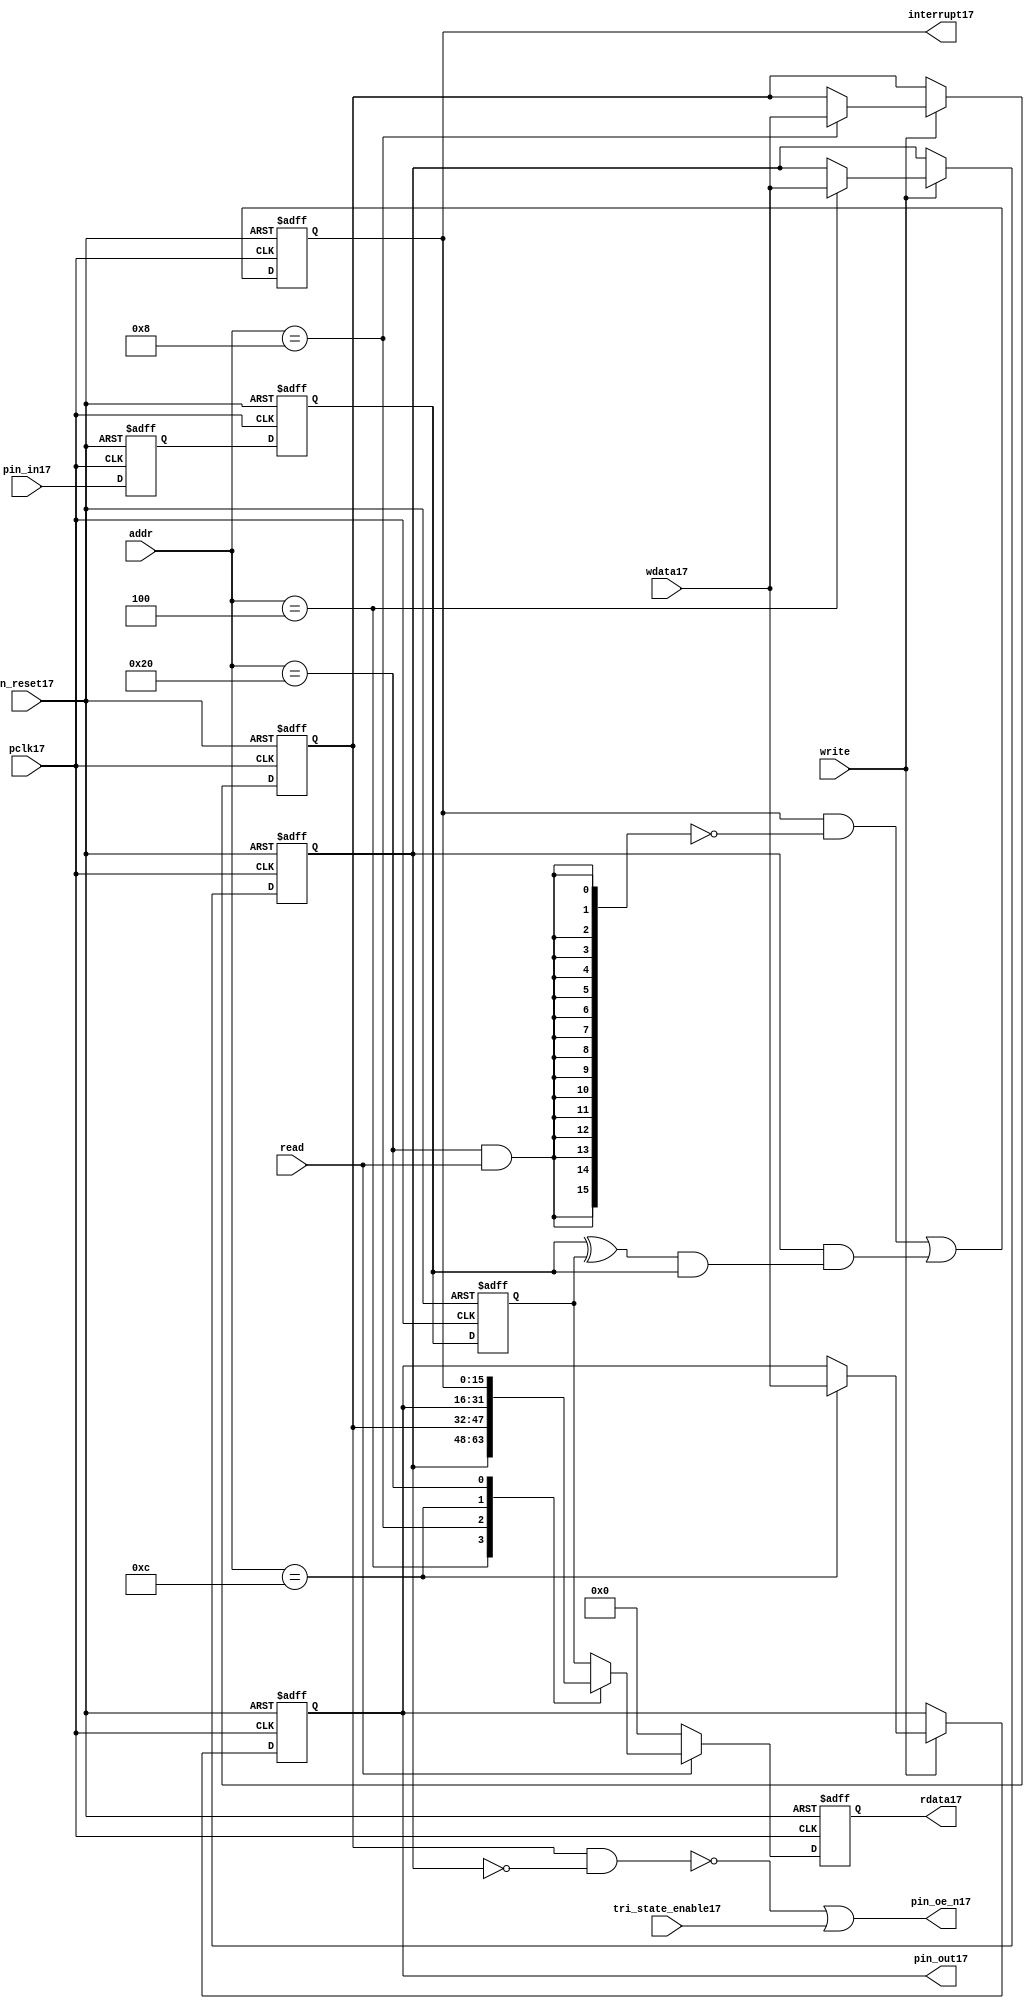
//File17 name   : gpio_lite_subunit17.v
//Title17       : 
//Created17     : 1999
//Description17 : Parametrised17 GPIO17 pin17 circuits17
//Notes17       : 
//----------------------------------------------------------------------
//   Copyright17 1999-2010 Cadence17 Design17 Systems17, Inc17.
//   All Rights17 Reserved17 Worldwide17
//
//   Licensed17 under the Apache17 License17, Version17 2.0 (the
//   "License17"); you may not use this file except17 in
//   compliance17 with the License17.  You may obtain17 a copy of
//   the License17 at
//
//       http17://www17.apache17.org17/licenses17/LICENSE17-2.0
//
//   Unless17 required17 by applicable17 law17 or agreed17 to in
//   writing, software17 distributed17 under the License17 is
//   distributed17 on an "AS17 IS17" BASIS17, WITHOUT17 WARRANTIES17 OR17
//   CONDITIONS17 OF17 ANY17 KIND17, either17 express17 or implied17.  See
//   the License17 for the specific17 language17 governing17
//   permissions17 and limitations17 under the License17.
//----------------------------------------------------------------------


module gpio_lite_subunit17(
  //Inputs17

  n_reset17,
  pclk17,

  read,
  write,
  addr,

  wdata17,
  pin_in17,

  tri_state_enable17,

  //Outputs17
 
  interrupt17,

  rdata17,
  pin_oe_n17,
  pin_out17

);
 
   // Inputs17
   
   // Clocks17   
   input n_reset17;            // asynch17 reset, active low17
   input pclk17;               // Ppclk17

   // Controls17
   input read;               // select17 GPIO17 read
   input write;              // select17 GPIO17 write
   input [5:0] 
         addr;               // address bus of selected master17

   // Dataflow17
   input [15:0]
         wdata17;              // GPIO17 Input17
   input [15:0]
         pin_in17;             // input data from pin17

   //Design17 for Test17 Inputs17
   input [15:0]
         tri_state_enable17;   // disables17 op enable -> Z17




   
   // Outputs17
   
   // Controls17
   output [15:0]
          interrupt17;         // interupt17 for input pin17 change

   // Dataflow17
   output [15:0]
          rdata17;             // GPIO17 Output17
   output [15:0]
          pin_oe_n17;          // output enable signal17 to pin17
   output [15:0]
          pin_out17;           // output signal17 to pin17
   



   
   // Registers17 in module

   //Define17 Physical17 registers in amba_unit17
   reg    [15:0]
          direction_mode17;     // 1=Input17 0=Output17              RW
   reg    [15:0]
          output_enable17;      // Output17 active                 RW
   reg    [15:0]
          output_value17;       // Value outputed17 from reg       RW
   reg    [15:0]
          input_value17;        // Value input from bus          R
   reg    [15:0]
          int_status17;         // Interrupt17 status              R

   // registers to remove metastability17
   reg    [15:0]
          s_synch17;            //stage_two17
   reg    [15:0]
          s_synch_two17;        //stage_one17 - to ext pin17
   
   
    
          
   // Registers17 for outputs17
   reg    [15:0]
          rdata17;              // prdata17 reg
   wire   [15:0]
          pin_oe_n17;           // gpio17 output enable
   wire   [15:0]
          pin_out17;            // gpio17 output value
   wire   [15:0]
          interrupt17;          // gpio17 interrupt17
   wire   [15:0]
          interrupt_trigger17;  // 1 sets17 interrupt17 status
   reg    [15:0]
          status_clear17;       // 1 clears17 interrupt17 status
   wire   [15:0]
          int_event17;          // 1 detects17 an interrupt17 event

   integer ia17;                // loop variable
   


   // address decodes17
   wire   ad_direction_mode17;  // 1=Input17 0=Output17              RW
   wire   ad_output_enable17;   // Output17 active                 RW
   wire   ad_output_value17;    // Value outputed17 from reg       RW
   wire   ad_int_status17;      // Interrupt17 status              R
   
//Register addresses17
//If17 modifying17 the APB17 address (PADDR17) width change the following17 bit widths17
parameter GPR_DIRECTION_MODE17   = 6'h04;       // set pin17 to either17 I17 or O17
parameter GPR_OUTPUT_ENABLE17    = 6'h08;       // contains17 oe17 control17 value
parameter GPR_OUTPUT_VALUE17     = 6'h0C;       // output value to be driven17
parameter GPR_INPUT_VALUE17      = 6'h10;       // gpio17 input value reg
parameter GPR_INT_STATUS17       = 6'h20;       // Interrupt17 status register

//Reset17 Values17
//If17 modifying17 the GPIO17 width change the following17 bit widths17
//parameter GPRV_RSRVD17            = 32'h0000_0000; // Reserved17
parameter GPRV_DIRECTION_MODE17  = 32'h00000000; // Default to output mode
parameter GPRV_OUTPUT_ENABLE17   = 32'h00000000; // Default 3 stated17 outs17
parameter GPRV_OUTPUT_VALUE17    = 32'h00000000; // Default to be driven17
parameter GPRV_INPUT_VALUE17     = 32'h00000000; // Read defaults17 to zero
parameter GPRV_INT_STATUS17      = 32'h00000000; // Int17 status cleared17



   //assign ad_bypass_mode17    = ( addr == GPR_BYPASS_MODE17 );   
   assign ad_direction_mode17 = ( addr == GPR_DIRECTION_MODE17 );   
   assign ad_output_enable17  = ( addr == GPR_OUTPUT_ENABLE17 );   
   assign ad_output_value17   = ( addr == GPR_OUTPUT_VALUE17 );   
   assign ad_int_status17     = ( addr == GPR_INT_STATUS17 );   

   // assignments17
   
   assign interrupt17         = ( int_status17);

   assign interrupt_trigger17 = ( direction_mode17 & int_event17 ); 

   assign int_event17 = ((s_synch17 ^ input_value17) & ((s_synch17)));

   always @( ad_int_status17 or read )
   begin : p_status_clear17

     for ( ia17 = 0; ia17 < 16; ia17 = ia17 + 1 )
     begin

       status_clear17[ia17] = ( ad_int_status17 & read );

     end // for ia17

   end // p_status_clear17

   // p_write_register17 : clocked17 / asynchronous17
   //
   // this section17 contains17 all the code17 to write registers

   always @(posedge pclk17 or negedge n_reset17)
   begin : p_write_register17

      if (~n_reset17)
      
       begin
         direction_mode17  <= GPRV_DIRECTION_MODE17;
         output_enable17   <= GPRV_OUTPUT_ENABLE17;
         output_value17    <= GPRV_OUTPUT_VALUE17;
       end
      
      else 
      
       begin
      
         if (write == 1'b1) // Write value to registers
      
          begin
              
            // Write Mode17
         
            if ( ad_direction_mode17 ) 
               direction_mode17 <= wdata17;
 
            if ( ad_output_enable17 ) 
               output_enable17  <= wdata17;
     
            if ( ad_output_value17 )
               output_value17   <= wdata17;

              

           end // if write
         
       end // else: ~if(~n_reset17)
      
   end // block: p_write_register17



   // p_metastable17 : clocked17 / asynchronous17 
   //
   // This17 process  acts17 to remove  metastability17 propagation
   // Only17 for input to GPIO17
   // In Bypass17 mode pin_in17 passes17 straight17 through

   always @(posedge pclk17 or negedge n_reset17)
      
   begin : p_metastable17
      
      if (~n_reset17)
        begin
         
         s_synch17       <= {16 {1'b0}};
         s_synch_two17   <= {16 {1'b0}};
         input_value17   <= GPRV_INPUT_VALUE17;
         
        end // if (~n_reset17)
      
      else         
        begin
         
         input_value17   <= s_synch17;
         s_synch17       <= s_synch_two17;
         s_synch_two17   <= pin_in17;

        end // else: ~if(~n_reset17)
      
   end // block: p_metastable17


   // p_interrupt17 : clocked17 / asynchronous17 
   //
   // These17 lines17 set and clear the interrupt17 status

   always @(posedge pclk17 or negedge n_reset17)
   begin : p_interrupt17
      
      if (~n_reset17)
         int_status17      <= GPRV_INT_STATUS17;
      
      else 
         int_status17      <= ( int_status17 & ~(status_clear17) // read & clear
                            ) |
                            interrupt_trigger17;             // new interrupt17
        
   end // block: p_interrupt17
   
   
   // p_read_register17  : clocked17 / asynchronous17 
   //
   // this process registers the output values

   always @(posedge pclk17 or negedge n_reset17)

      begin : p_read_register17
         
         if (~n_reset17)
         
           begin

            rdata17 <= {16 {1'b0}};

           end
           
         else //if not reset
         
           begin
         
            if (read == 1'b1)
            
              begin
            
               case (addr)
            
                  
                  GPR_DIRECTION_MODE17:
                     rdata17 <= direction_mode17;
                  
                  GPR_OUTPUT_ENABLE17:
                     rdata17 <= output_enable17;
                  
                  GPR_OUTPUT_VALUE17:
                     rdata17 <= output_value17;
                  
                  GPR_INT_STATUS17:
                     rdata17 <= int_status17;
                  
                  default: // if GPR_INPUT_VALUE17 or unmapped reg addr
                     rdata17 <= input_value17;
            
               endcase
            
              end //end if read
            
            else //in not read
            
              begin // if not a valid read access, keep17 '0'-s 
              
               rdata17 <= {16 {1'b0}};
              
              end //end if not read
              
           end //end else if not reset

      end // p_read_register17


   assign pin_out17 = 
        ( output_value17 ) ;
     
   assign pin_oe_n17 = 
      ( ( ~(output_enable17 & ~(direction_mode17)) ) |
        tri_state_enable17 ) ;

                
  
endmodule // gpio_subunit17